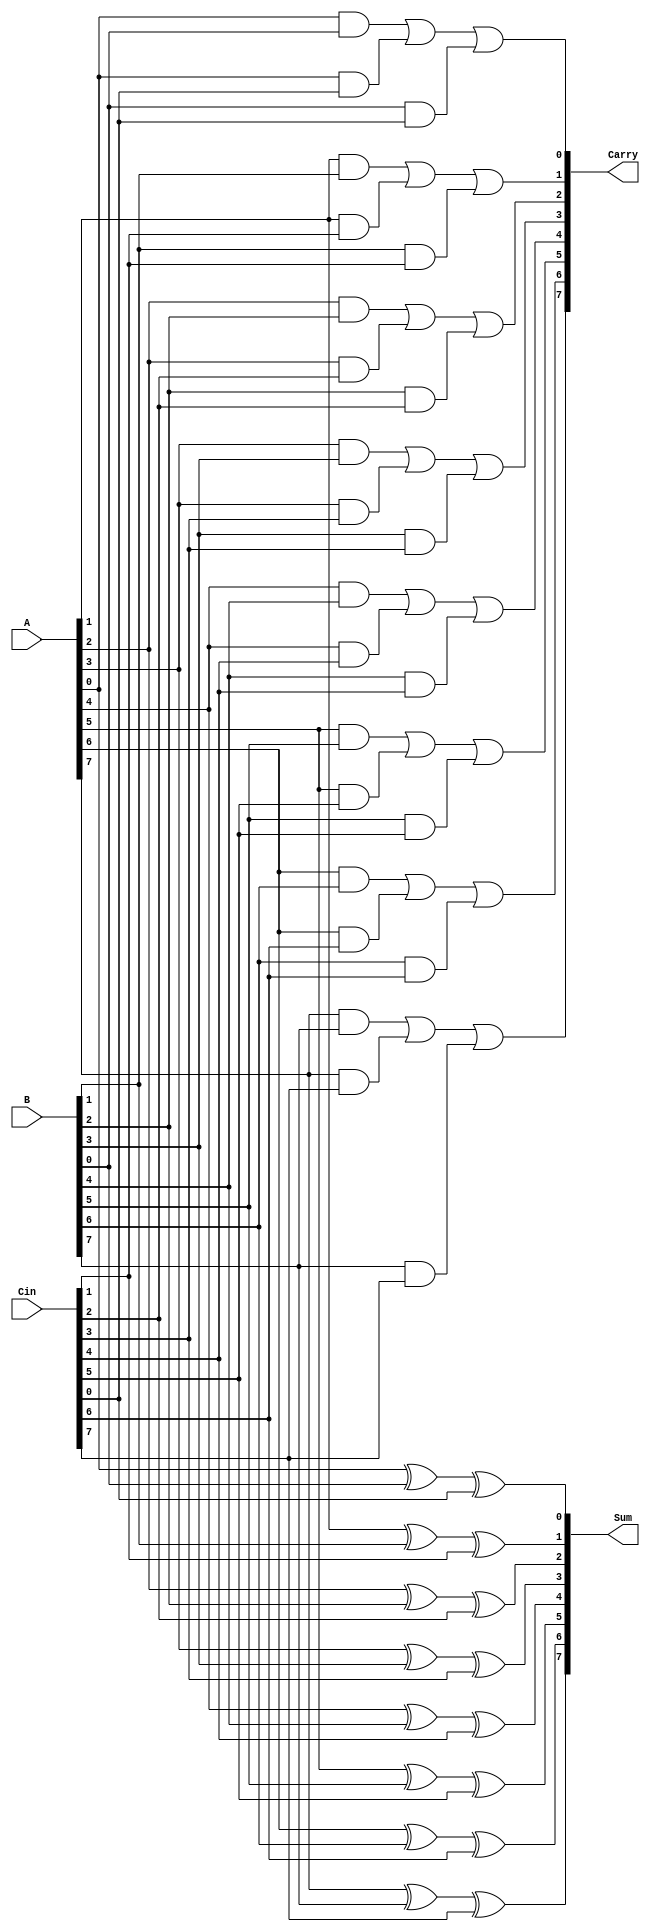
module CarrySaveAdder #(parameter n = 8) (
    input  [n-1:0] A,     // First operand
    input  [n-1:0] B,     // Second operand
    input  [n-1:0] Cin,   // Carry input
    output [n-1:0] Sum,    // Sum output
    output [n-1:0] Carry   // Carry output
);

    // Generate Sum and Carry outputs
    genvar i;
    generate
        for (i = 0; i < n; i = i + 1) begin : CSA
            assign Sum[i] = A[i] ^ B[i] ^ Cin[i]; // Sum calculation
            assign Carry[i] = (A[i] & B[i]) | (A[i] & Cin[i]) | (B[i] & Cin[i]); // Carry calculation
        end
    endgenerate

endmodule